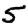
Digit: 5